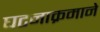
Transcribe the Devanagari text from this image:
घटनाक्रमाने